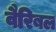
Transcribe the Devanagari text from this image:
वैरिबल